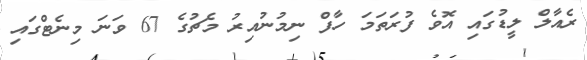
ރެއާލް ލީޑުގައި އޮވެ ފުރަތަމަ ހާފް ނިމުނުއިރު މެޗުގެ 67 ވަނަ މިނެޓްގައި